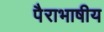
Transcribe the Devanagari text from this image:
पैराभाषीय